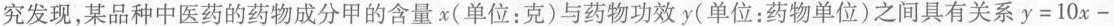
究发现，某品种中医药的药物成分甲的含量x(单位：克)与药物功效y(单位：药物单位)之间具有关系$$y=10x-